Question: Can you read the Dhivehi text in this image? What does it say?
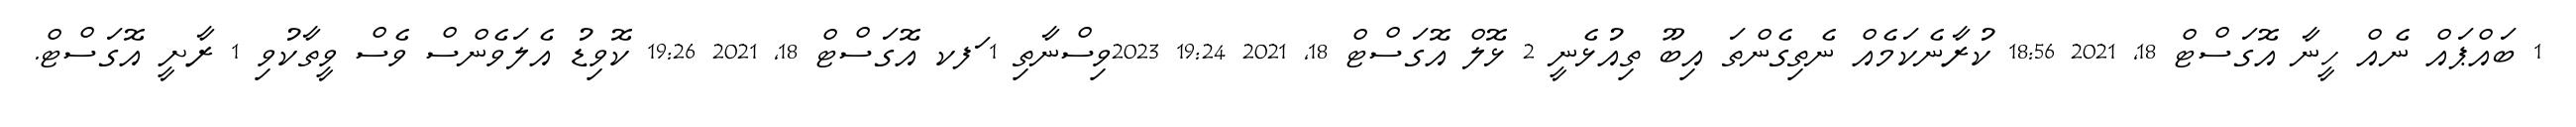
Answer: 1 ބައްޕައް ނެއް ހީނާ އޮގަސްޓް 18, 2021 18:56 ކުރާނެކަމެއް ނެތިގެންތަ އިބޫ ތިއުޅެނީ 2 ޅޮލް އޮގަސްޓް 18, 2021 19:24 2023ވިސްނާތި 1 ަފކ އޮގަސްޓް 18, 2021 19:26 ކޮވިޑު އެލަވެންސް ވެސް ވީތާކުވި 1 ރާށީ އޮގަސްޓް.